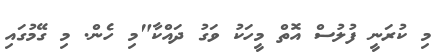
މި ކުރަނީ ފުލުސް އޮތް މީހަކު ވަގު ދައްކާ"މި ހެން. މި ގޭމުގައި